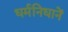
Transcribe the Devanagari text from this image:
धर्मनिधानें